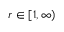
r \in [ 1 , \infty )